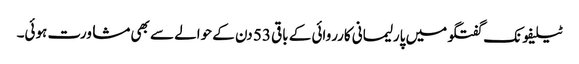
ٹیلیفونک گفتگو میں پارلیمانی کارروائی کے باقی 53 دن کے حوالے سے بھی مشاورت ہوئی۔